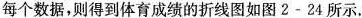
每个数据，则得到体育成绩的折线图如图2-24所示。